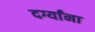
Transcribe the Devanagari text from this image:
दर्ग्यांना